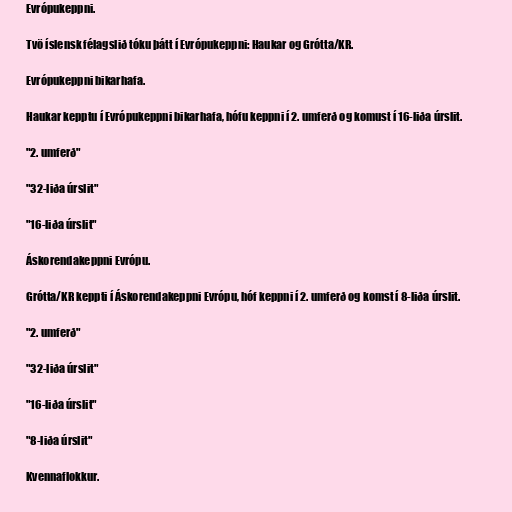
Evrópukeppni.

Tvö íslensk félagslið tóku þátt í Evrópukeppni: Haukar og Grótta/KR.

Evrópukeppni bikarhafa.

Haukar kepptu í Evrópukeppni bikarhafa, hófu keppni í 2. umferð og komust í 16-liða úrslit.

"2. umferð"

"32-liða úrslit"

"16-liða úrslit"

Áskorendakeppni Evrópu.

Grótta/KR keppti í Áskorendakeppni Evrópu, hóf keppni í 2. umferð og komst í 8-liða úrslit.

"2. umferð"

"32-liða úrslit"

"16-liða úrslit"

"8-liða úrslit"

Kvennaflokkur.